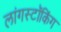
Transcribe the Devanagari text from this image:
लांगस्टॉकिंग